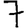
Digit: 7